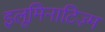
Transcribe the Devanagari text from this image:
इलूमिनाटिज़्म